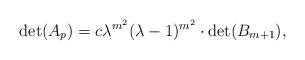
LaTeX: \begin{align*}\det(A_p)=c\lambda^{m^2}(\lambda-1)^{m^2}\cdot \det(B_{m+1}), \end{align*}